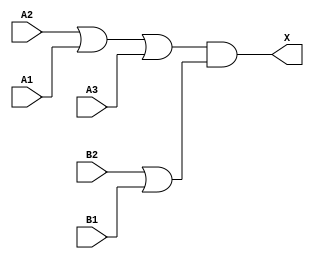
module sky130_fd_sc_ls__o32a_6 (
    X ,
    A1,
    A2,
    A3,
    B1,
    B2
);
    output X ;
    input  A1;
    input  A2;
    input  A3;
    input  B1;
    input  B2;
    wire or0_out   ;
    wire or1_out   ;
    wire and0_out_X;
    or  or0  (or0_out   , A2, A1, A3      );
    or  or1  (or1_out   , B2, B1          );
    and and0 (and0_out_X, or0_out, or1_out);
    buf buf0 (X         , and0_out_X      );
endmodule